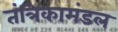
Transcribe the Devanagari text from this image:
तंत्रिकामंडल